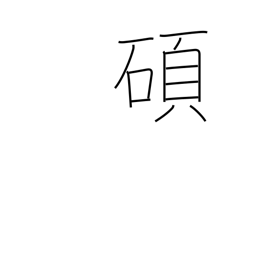
Meaning: eminent